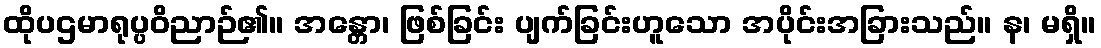
ထိုပဌမာရုပ္ပဝိညာဉ်၏။ အန္တော၊ ဖြစ်ခြင်း ပျက်ခြင်းဟူသော အပိုင်းအခြားသည်။ န၊ မရှိ။